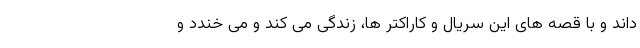
داند و با قصه های این سریال و کاراکتر ها، زندگی می کند و می خندد و